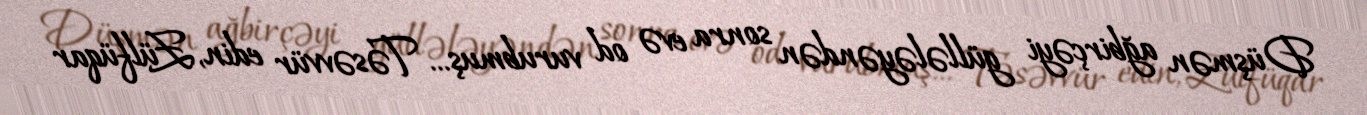
Düşmən ağbirçəyi güllələyəndən sonra evə od vurubmuş... Təsəvvür edin, Zülfüqar